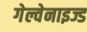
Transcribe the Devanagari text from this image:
गेल्वेनाइज्ड